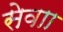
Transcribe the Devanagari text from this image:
सेवाा